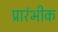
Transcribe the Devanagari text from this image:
प्रारंभीक